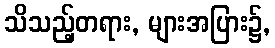
သိသည့်တရား, များအပြား၌,